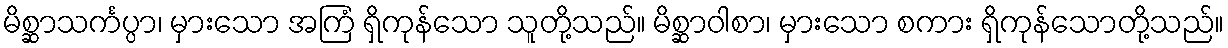
မိစ္ဆာသင်္ကပ္ပာ၊ မှားသော အကြံ ရှိကုန်သော သူတို့သည်။ မိစ္ဆာဝါစာ၊ မှားသော စကား ရှိကုန်သောတို့သည်။